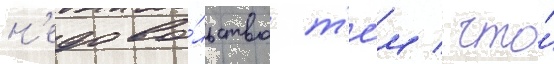
н'едово́льство т'е́м / что́